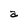
Character: a